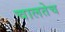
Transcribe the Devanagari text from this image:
चालतेच